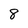
Character: 8